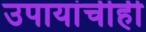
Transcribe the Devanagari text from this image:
उपायांचीही